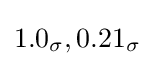
1.0_{\sigma },0.21_{\sigma }